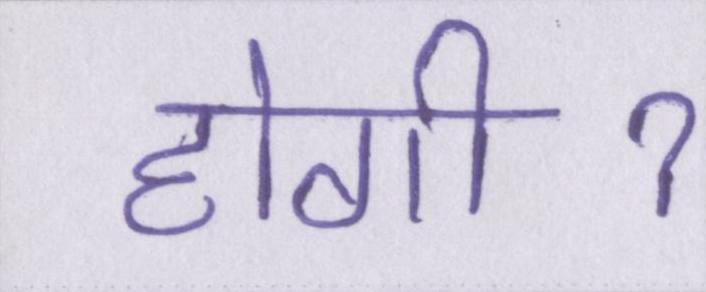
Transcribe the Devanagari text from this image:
होगीॽ